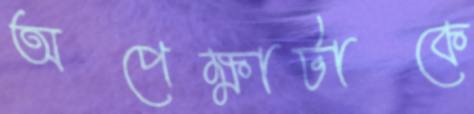
অপেক্ষাটাকে